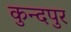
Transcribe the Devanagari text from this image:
कुन्दपुर